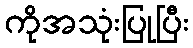
ကိုအသုံးပြုပြီး